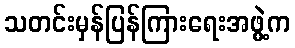
သတင်းမှန်ပြန်ကြားရေးအဖွဲ့က